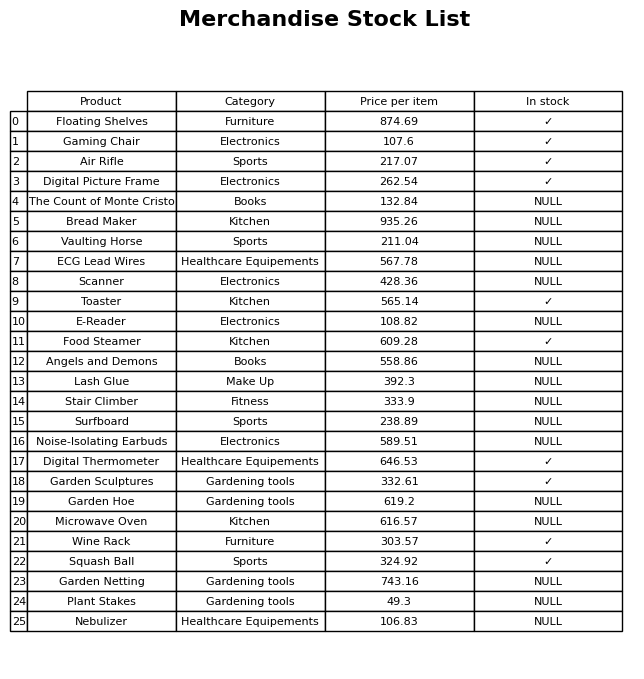
question: What is the price for Scanner?
answer: The price of Scanner is 428.36.